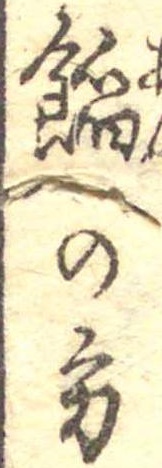
餡の方